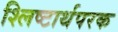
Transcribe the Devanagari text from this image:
श्लिष्टार्थपरक